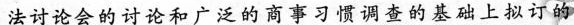
法讨论会的讨论和广泛的商事习惯调查的基础上拟订的